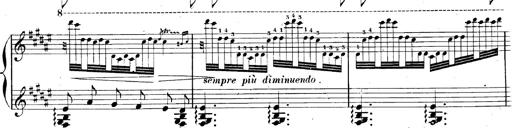
Title: AnnÃ©es de pÃ¨lerinage II, SupplÃ©ment
Composer: Franz Liszt